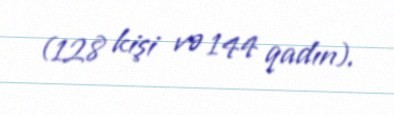
(128 kişi və 144 qadın).